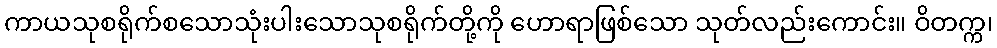
ကာယသုစရိုက်စသောသုံးပါးသောသုစရိုက်တို့ကို ဟောရာဖြစ်သော သုတ်လည်းကောင်း။ ဝိတက္က၊